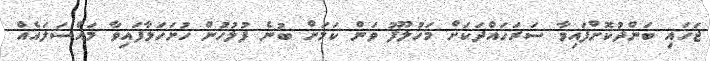
ޖަހައި ބަންދުކޮށްފައިވާ ސަރަހައްދަކަށް މަހުލޫފު ވަން ކަމަށް ބުނެ ފުލުހުން ހުށަހަޅާފައިވާ މައްސަލައެއް